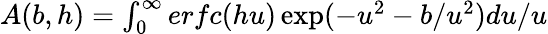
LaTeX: \begin{array}{r}{A(b,h)=\int_{0}^{\infty}erfc(hu)\exp(-u^{2}-b/u^{2})du/u}\end{array}